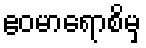
ဧဝမာရောစိမှ